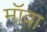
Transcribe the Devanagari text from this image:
मॉवा